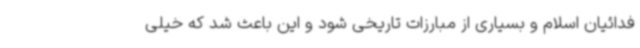
فدائیان اسلام و بسیاری از مبارزات تاریخی شود و این باعث شد که خیلی